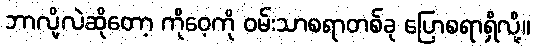
ဘာလို့လဲဆိုတော့ ကိုဝေ့ကို ဝမ်းသာစရာတစ်ခု ပြောစရာရှိလို့။